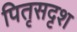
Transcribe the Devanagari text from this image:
पितृसदृश